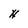
Character: H